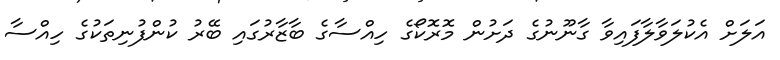
އަލަށް އެކުލަވާލާފައިވާ ގާނޫނުގެ ދަށުން މޮރޮކޯގެ ހިއްސާގެ ބާޒާރުގައި ބޭރު ކުންފުނިތަކުގެ ހިއްސާ